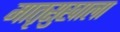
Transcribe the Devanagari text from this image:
मातृसुखाला